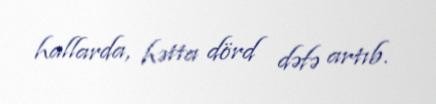
hallarda, hətta dörd dəfə artıb.